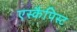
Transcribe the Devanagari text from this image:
एस्कैपिस्ट